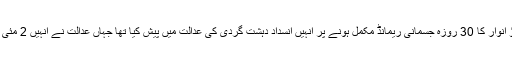
یاد رہے کہ پولیس نے 21 اپریل کو راؤ انوار کا 30 روزہ جسمانی ریمانڈ مکمل ہونے پر انہیں انسداد دہشت گردی کی عدالت میں پیش کیا تھا جہاں عدالت نے انہیں 2 مئی تک جوڈیشل ریمانڈ پر جیل بھیج دیا تھا۔